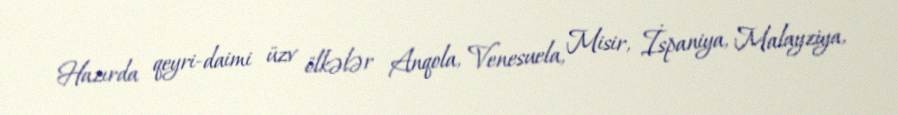
Hazırda qeyri-daimi üzv ölkələr Anqola, Venesuela, Misir, İspaniya, Malayziya,